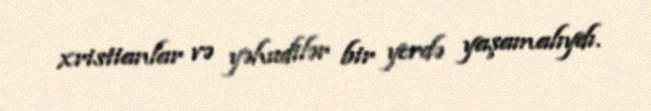
xristianlar və yəhudilər bir yerdə yaşamalıydı.